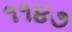
૧૧૪૭